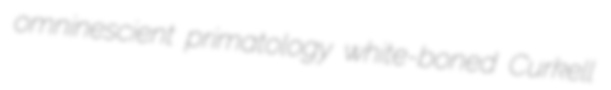
omninescient primatology white-boned Curkell